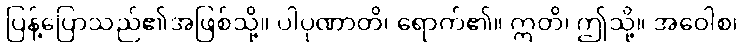
ပြန့်ပြောသည်၏အဖြစ်သို့။ ပါပုဏာတိ၊ ရောက်၏။ ဣတိ၊ ဤသို့။ အဝေါစ၊